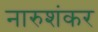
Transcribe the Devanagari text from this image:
नारुशंकर